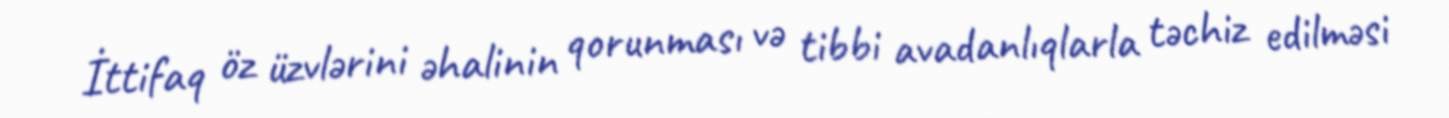
İttifaq öz üzvlərini əhalinin qorunması və tibbi avadanlıqlarla təchiz edilməsi